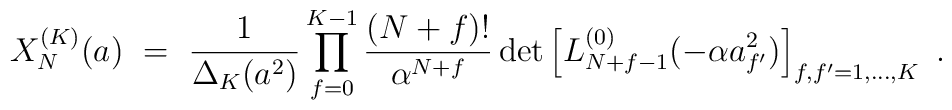
X_N^{(K)}(a) \ = \ \frac{1}{\Delta_K(a^2)}  \prod_{f=0}^{K-1} \frac{(N+f)!}{\alpha^{N+f}} \det\left[L_{N+f-1}^{(0)}(-\alpha a_{f'}^2)\right]_{f,f^\prime=1,\ldots,K} \ .